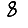
Digit: 8